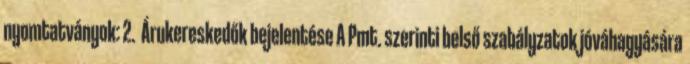
nyomtatványok: 2. Árukereskedők bejelentése A Pmt. szerinti belső szabályzatok jóváhagyására